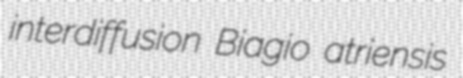
interdiffusion Biagio atriensis